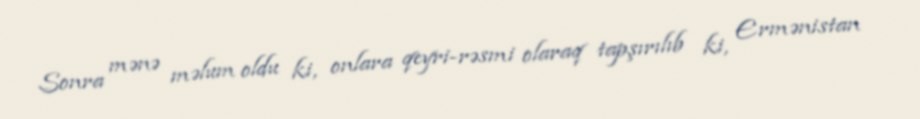
Sonra mənə məlum oldu ki, onlara qeyri-rəsmi olaraq tapşırılıb ki, Ermənistan